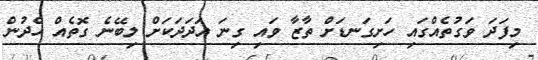
މިފަދަ ވަގުތެއްގައި ހަށިގަނޑަށް ތާޒާ ވައި ގިނަ އަދަދަކަށް ލިބޭނެ ގޮތެއް ހެދުން